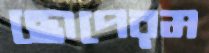
ছোপেরম